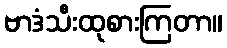
ဗာဒံသီးထုစားကြတာ။